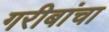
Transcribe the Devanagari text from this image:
गरीबांचा